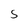
Character: S